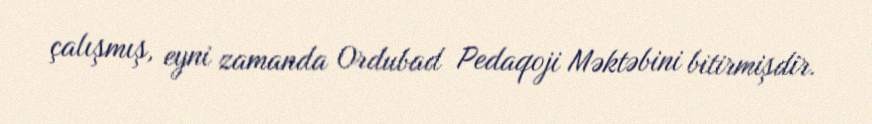
çalışmış, eyni zamanda Ordubad Pedaqoji Məktəbini bitirmişdir.